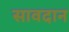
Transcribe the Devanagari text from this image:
सावदान